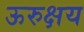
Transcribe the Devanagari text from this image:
ऊरुक्षय